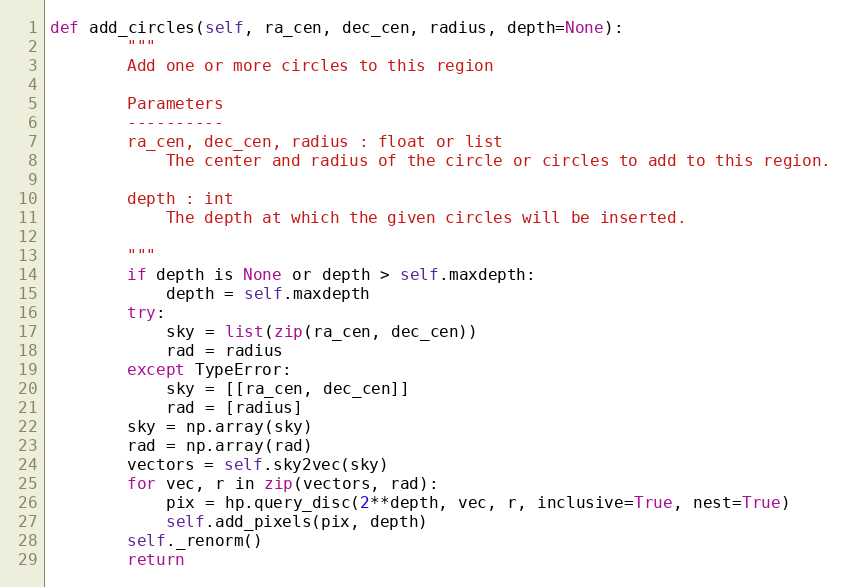
Language: Python
def add_circles(self, ra_cen, dec_cen, radius, depth=None):
        """
        Add one or more circles to this region

        Parameters
        ----------
        ra_cen, dec_cen, radius : float or list
            The center and radius of the circle or circles to add to this region.

        depth : int
            The depth at which the given circles will be inserted.

        """
        if depth is None or depth > self.maxdepth:
            depth = self.maxdepth
        try:
            sky = list(zip(ra_cen, dec_cen))
            rad = radius
        except TypeError:
            sky = [[ra_cen, dec_cen]]
            rad = [radius]
        sky = np.array(sky)
        rad = np.array(rad)
        vectors = self.sky2vec(sky)
        for vec, r in zip(vectors, rad):
            pix = hp.query_disc(2**depth, vec, r, inclusive=True, nest=True)
            self.add_pixels(pix, depth)
        self._renorm()
        return